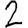
Digit: 2